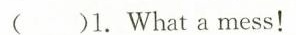
( )1.What a mess!